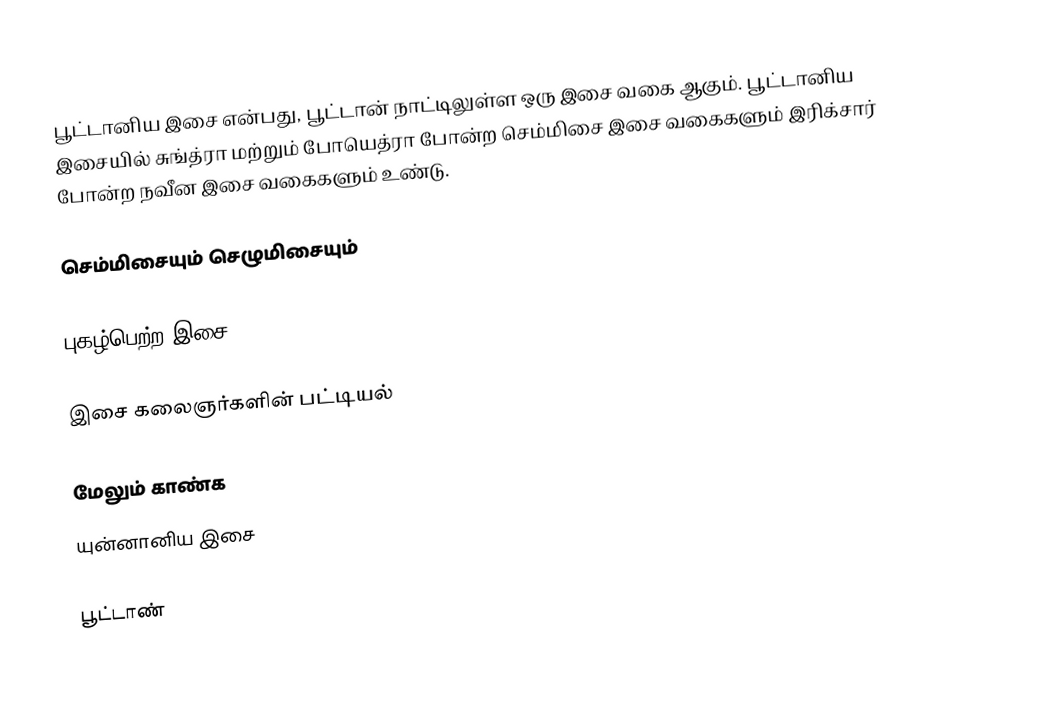
பூட்டானிய இசை என்பது, பூட்டான் நாட்டிலுள்ள ஒரு இசை வகை ஆகும். பூட்டானிய இசையில் சுங்த்ரா மற்றும் போயெத்ரா போன்ற செம்மிசை இசை வகைகளும் இரிக்சார் போன்ற நவீன இசை வகைகளும் உண்டு.

செம்மிசையும் செழுமிசையும்

புகழ்பெற்ற இசை

இசை கலைஞர்களின் பட்டியல்

மேலும் காண்க
 யுன்னானிய இசை

பூட்டாண்